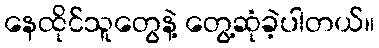
နေထိုင်သူတွေနဲ့ တွေ့ဆုံခဲ့ပါတယ်။